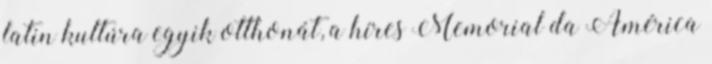
latin kultúra egyik otthonát, a híres Memorial da América